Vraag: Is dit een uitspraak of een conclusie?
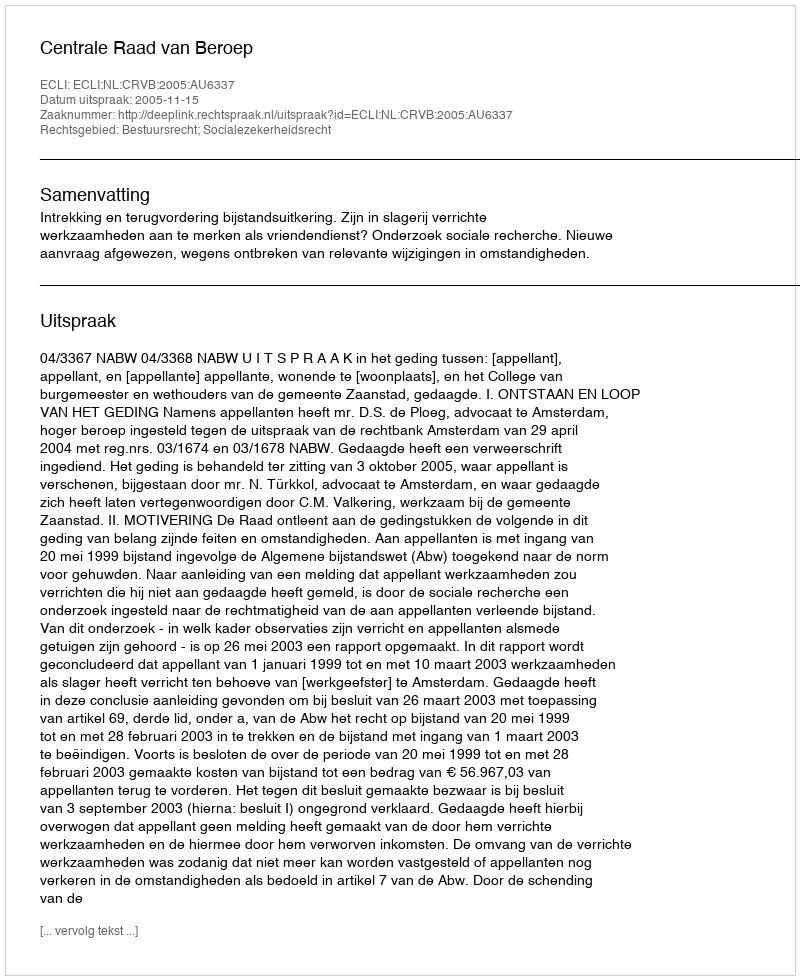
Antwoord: Uitspraak